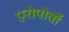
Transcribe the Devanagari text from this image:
एरोपोर्तो